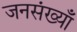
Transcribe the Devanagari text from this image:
जनसंख्याँ